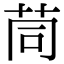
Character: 茼